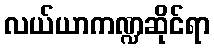
လယ်ယာကဏ္ဍဆိုင်ရာ